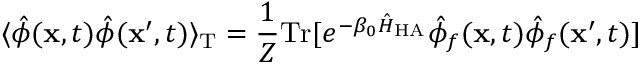
\langle \hat { \phi } ( { \bf x } , t ) \hat { \phi } ( { \bf x } ^ { \prime } , t ) \rangle _ { \mathrm { T } } = \frac { 1 } { { \cal Z } } \mathrm { T r } [ e ^ { - \beta _ { 0 } \hat { H } _ { \mathrm { H A } } } \hat { \phi } _ { f } ( { \bf x } , t ) \hat { \phi } _ { f } ( { \bf x } ^ { \prime } , t ) ]